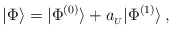
\begin{align*}|\Phi\rangle=|\Phi^{(0)}\rangle+a_{_U}|\Phi^{(1)}\rangle\,,\end{align*}